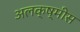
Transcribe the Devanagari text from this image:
अलक्ष्मीस